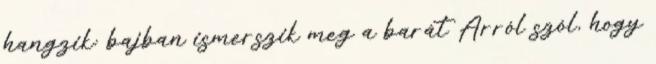
hangzik: bajban ismerszik meg a barát Arról szól, hogy